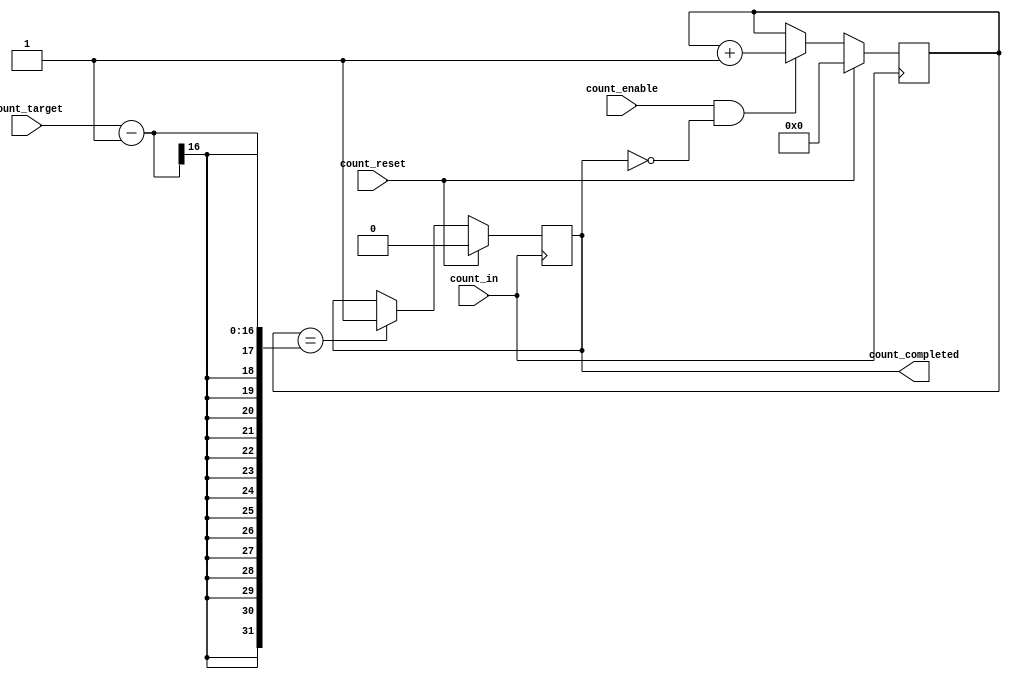
// 16-bit counter

module counter16(
    input count_in,
    input count_enable,
    input count_reset,
    input[15:0] count_target,
    output count_completed
);
// Internal Registers
reg [15:0] internal_count = 0;
reg internal_count_reached = 0;
// Count in signal logic
always @(posedge count_in) begin
    
    if((count_enable == 1) && (internal_count_reached == 0)) begin
        internal_count <= internal_count + 1;
    end
    
    // Assert internal_count_reached to stop the counter from
    // continuing to count until reset.
    if(internal_count == (count_target - 1)) begin
        internal_count_reached <= 1;
    end

    if(count_reset == 1) begin
        internal_count <= 16'd0;
        internal_count_reached <= 0;
    end
end
// Wire assignments
assign count_completed = internal_count_reached;

endmodule